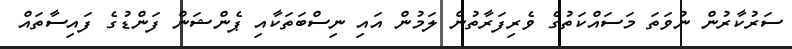
ސަރުކާރުން ނުވަތަ މަސައްކަތުގެ ވެރިފަރާތުން ލަމުން އައި ނިސްބަތަކާއި ޕެންޝަން ފަންޑުގެ ފައިސާތައް